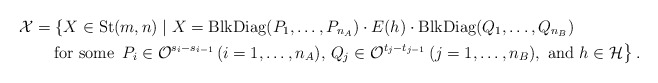
\begin{align*}\mathcal{X} &= \left\{ X \in {\rm St}(m,n) \mid X = {\rm BlkDiag}(P_1,\ldots,P_{n_A}) \cdot E(h) \cdot {\rm BlkDiag}(Q_1,\ldots,Q_{n_B}) \right. \\&\quad\left. \mbox{for some }\, P_i \in \mathcal{O}^{s_i-s_{i-1}} \, (i=1,\ldots,n_A), \, Q_j \in \mathcal{O}^{t_j-t_{j-1}} \, (j=1,\ldots,n_B), \mbox{ and } h\in\mathcal{H} \right\}. \end{align*}